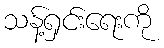
သန့်ရှင်းရေးကို